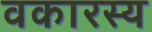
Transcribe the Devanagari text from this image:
वकारस्य